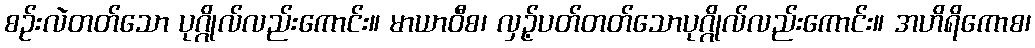
စဉ်းလဲတတ်သော ပုဂ္ဂိုလ်လည်းကောင်း။ မာယာဝီစ၊ လှဉ့်ပတ်တတ်သောပုဂ္ဂိုလ်လည်းကောင်း။ အဟိရိကောစ၊